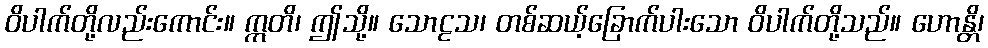
ဝိပါက်တို့လည်းကောင်း။ ဣတိ၊ ဤသို့။ သောဠသ၊ တစ်ဆယ့်ခြောက်ပါးသော ဝိပါက်တို့သည်။ ဟောန္တိ၊